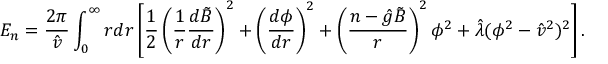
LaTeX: E _ { n } = \frac { 2 \pi } { \hat { v } } \int _ { 0 } ^ { \infty } r d r \left[ \frac { 1 } { 2 } \left( \frac { 1 } { r } \frac { d \tilde { B } } { d r } \right) ^ { 2 } + \left( \frac { d \phi } { d r } \right) ^ { 2 } + \left( \frac { n - \hat { g } \tilde { B } } { r } \right) ^ { 2 } \phi ^ { 2 } + \hat { \lambda } ( \phi ^ { 2 } - \hat { v } ^ { 2 } ) ^ { 2 } \right] .